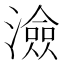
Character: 澰